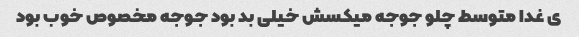
ی غدا متوسط چلو جوجه میکسش خیلی بد بود جوجه مخصوص خوب بود